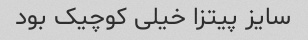
سایز پیتزا خیلی کوچیک بود